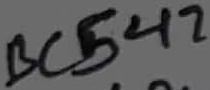
Text: BC547